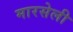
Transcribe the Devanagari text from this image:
मारसेली